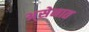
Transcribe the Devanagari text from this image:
अ्सेनात